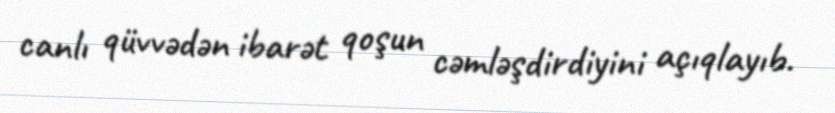
canlı qüvvədən ibarət qoşun cəmləşdirdiyini açıqlayıb.